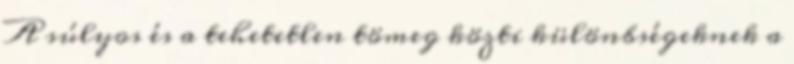
A súlyos és a tehetetlen tömeg közti különbségeknek a